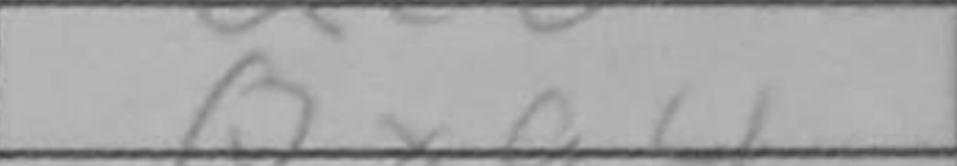
Transcription: Qxa4